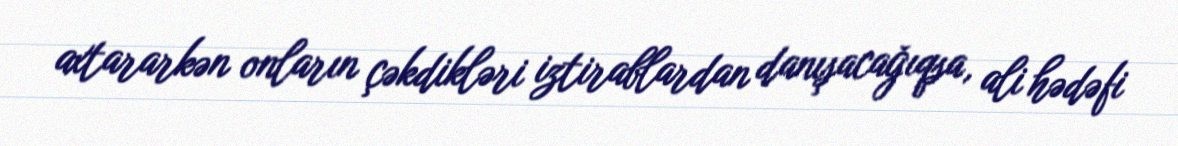
axtararkən onların çəkdikləri iztirablardan danışacağıqsa, ali hədəfi